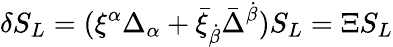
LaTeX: \delta S_{L}=(\xi^{\alpha}\Delta_{\alpha}+\bar{\xi}_{\dot{\beta}}\bar{\Delta}^{\dot{\beta}})S_{L}=\Xi S_{L}